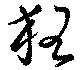
狂